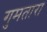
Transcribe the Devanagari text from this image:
गुमतारा